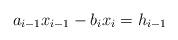
LaTeX: \begin{align*}a_{i-1} x_{i-1} - b_ix_{i} = h_{i-1} \end{align*}